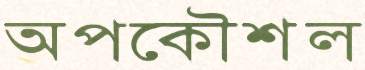
অপকৌশল